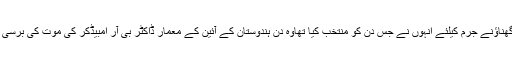
اس گھناؤنے جرم کیلئے انہوں نے جس دن کو منتخب کیا تھاوہ دن ہندوستان کے آئین کے معمار ڈاکٹر بی آر امبیڈکر کی موت کی برسی تھی۔